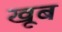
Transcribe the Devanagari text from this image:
खूब